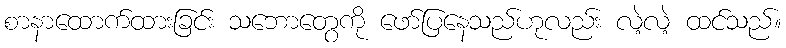
စာနာထောက်ထားခြင်း သဘောတွေကို ဖော်ပြနေသည်ဟုလည်း လဲ့လဲ့ ထင်သည်။